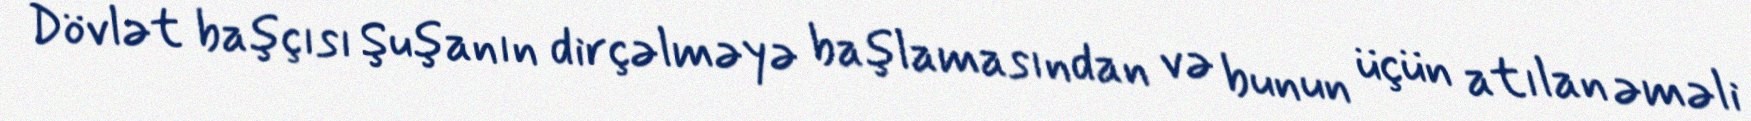
Dövlət başçısı Şuşanın dirçəlməyə başlamasından və bunun üçün atılan əməli